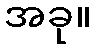
အခု။